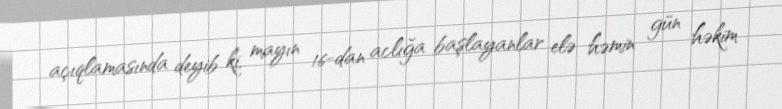
açıqlamasında deyib ki, mayın 16-dan aclığa başlayanlar elə həmin gün həkim